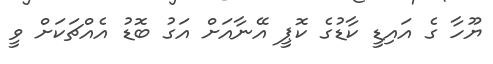
ޔޫހާ ގެ އައިޑީ ކާޑުގެ ކޮޕީ އޭނާއަށް އަގު ބޮޑު އެއްޗަކަށް ވީ